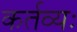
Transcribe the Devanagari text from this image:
कर्तव्यः